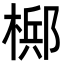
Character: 𬄂